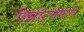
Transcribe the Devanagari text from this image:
रिझॉर्ट्‍समध्ये